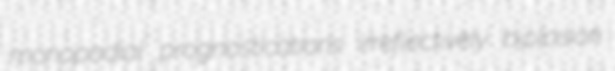
monopodial prognostications irreflectively biplosion